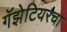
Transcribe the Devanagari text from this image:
गॅझेटियरचा